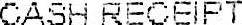
CASH RECEIPT